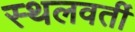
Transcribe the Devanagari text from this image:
स्थलवर्ती